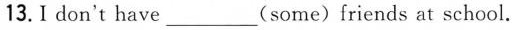
13.I don't have___(some)friends at school.